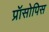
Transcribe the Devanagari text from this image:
प्रॉसोपिस